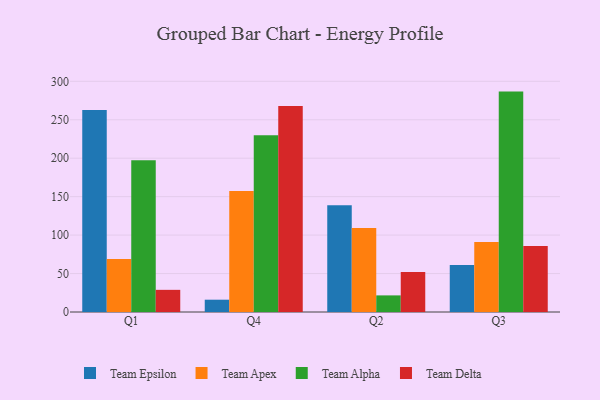
{"axis": {"x": "Quarter", "y": "Net Income (USD K)"}, "legend": ["Team Alpha", "Team Apex", "Team Delta", "Team Epsilon"], "data": [{"x": "Q1", "y": 262.6, "type": "Team Epsilon"}, {"x": "Q1", "y": 68.9, "type": "Team Apex"}, {"x": "Q1", "y": 197.3, "type": "Team Alpha"}, {"x": "Q1", "y": 28.8, "type": "Team Delta"}, {"x": "Q4", "y": 16.0, "type": "Team Epsilon"}, {"x": "Q4", "y": 157.3, "type": "Team Apex"}, {"x": "Q4", "y": 229.7, "type": "Team Alpha"}, {"x": "Q4", "y": 267.9, "type": "Team Delta"}, {"x": "Q2", "y": 138.7, "type": "Team Epsilon"}, {"x": "Q2", "y": 109.2, "type": "Team Apex"}, {"x": "Q2", "y": 21.6, "type": "Team Alpha"}, {"x": "Q2", "y": 52.0, "type": "Team Delta"}, {"x": "Q3", "y": 61.1, "type": "Team Epsilon"}, {"x": "Q3", "y": 90.9, "type": "Team Apex"}, {"x": "Q3", "y": 286.6, "type": "Team Alpha"}, {"x": "Q3", "y": 85.9, "type": "Team Delta"}]}